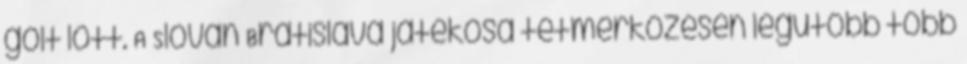
gólt lőtt. A Slovan Bratislava játékosa tétmérkőzésen legutóbb több